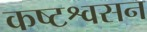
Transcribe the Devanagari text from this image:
कष्टश्वसन